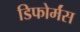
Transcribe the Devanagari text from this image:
डिफोर्मंस